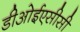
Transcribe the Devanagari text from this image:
डीओईएसीसी